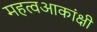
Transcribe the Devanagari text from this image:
महत्वआकांक्षी